Leaving Certificate, 1899
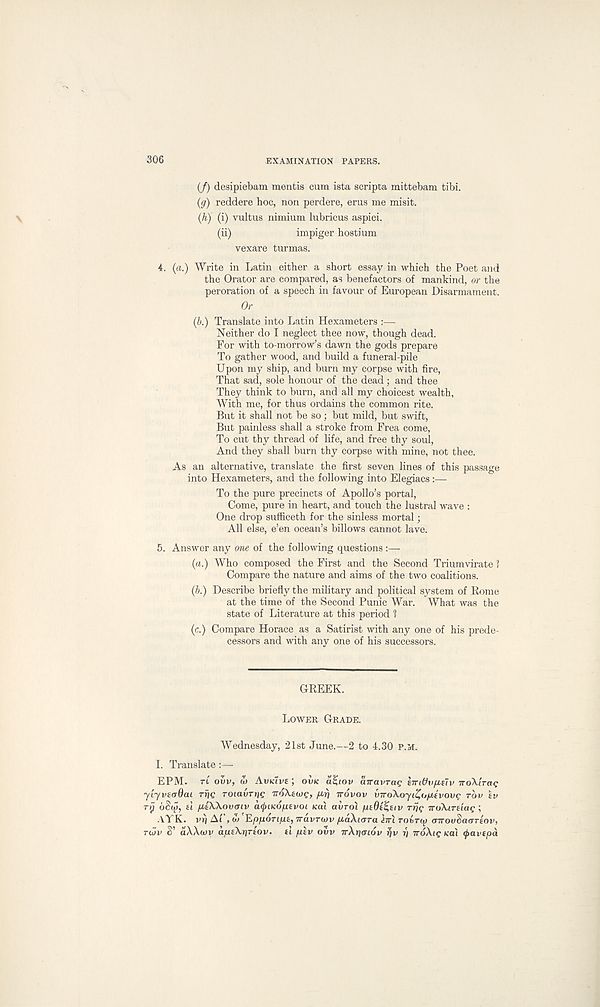
306
EXAMINATION PAPERS.
(/) desipiebam mentis cum ista scripta mittebam tibi.
(g) reddere hoc, non perdere, eras me misit.
(A.) (i) vultus nimium lubricus aspici.
(ii)
impiger hostium
vexare turmas.
4. (a.) Write in Latin either a short essay in which the Poet and
the Orator are compared, as benefactors of mankind, or the
peroration of a speech in favour of European Disarmament.
Or
(b.) Translate into Latin Hexameters :—
Neither do I neglect thee now, though dead.
For with to-morrow’s dawn the gods prepare
To gather wood, and build a funeral-pile
Upon my ship, and burn my corpse with fire,
That sad, sole honour of the dead; and thee
They think to burn, and all my choicest wealth.
With me, for thus ordains the common rite.
But it shall not be so; but mild, but swift,
But painless shall a stroke from Frea come,
To cut thy thread of life, and free thy soul,
And they shall burn thy corpse with mine, not thee.
As an alternative, translate the first seven lines of this passage
into Hexameters, and the following into Elegiacs:—
To the pure precincts of Apollo’s portal,
Come, pure in heart, and touch the lustral wave :
One drop sufficeth for the sinless mortal;
All else, e’en ocean’s billows cannot lave.
5. Answer any one of the following questions :—
(a.) Who composed the First and the Second Triumvirate ?
Compare the nature and aims of the two coalitions.
(A.) Describe briefly the military and political system of Rome
at the time of the Second Punic War. What was the
state of Literature at this period 1
(c.) Compare Horace as a Satirist with any one of his prede-
cessors and with any one of his successors.
GREEK.
LOWER GRADE.
Wednesday, 21st June.—2 to 4.30 P.M.
I. Translate
EPM. TL ovv, u) AVKIVE ; OVK aZiov airavTac ETTIVV/IEIV TTOA'ITCU;
yiyvEtrOai rrjc TOiavnig TroAewg, firj irovov viroAoyi^ofjL^vovg rbv iv
TIJ bStg, el [AtAAouatv acpiKO/uiEvoi KCU auroi (IEBE^EIV rrjg TroAiTiiug;
.\YK. vrj Ai, Of EpfiOTifAt, TravTtov fiaXurra ini robTig (nrouSaarEOv,
TIOV S’ aAAwv a/xsXrjrtov. tt /AEV OVV TTAIJCTIOV itjv T; irdAtf/cat tfiavepa